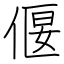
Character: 偃